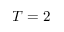
T = 2